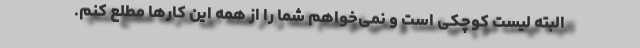
البته لیست کوچکی است و نمی‌خواهم شما را از همه این کار‌ها مطلع کنم.